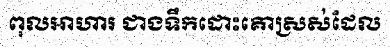
ពុលអាហារ ជាងទឹកដោះគោស្រស់ដែល